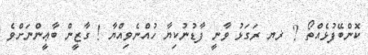
ކޮންބޭފުޅެއްތޯ ? ޜޔ ރަގަޅު ވާނީ ފާޑުނުކިޔާ ހުއްނެވިއްޔާ ! ގާޒީން ބާޢީންނަށްވެ